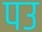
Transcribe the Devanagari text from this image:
पउ